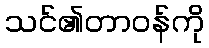
သင်၏တာဝန်ကို